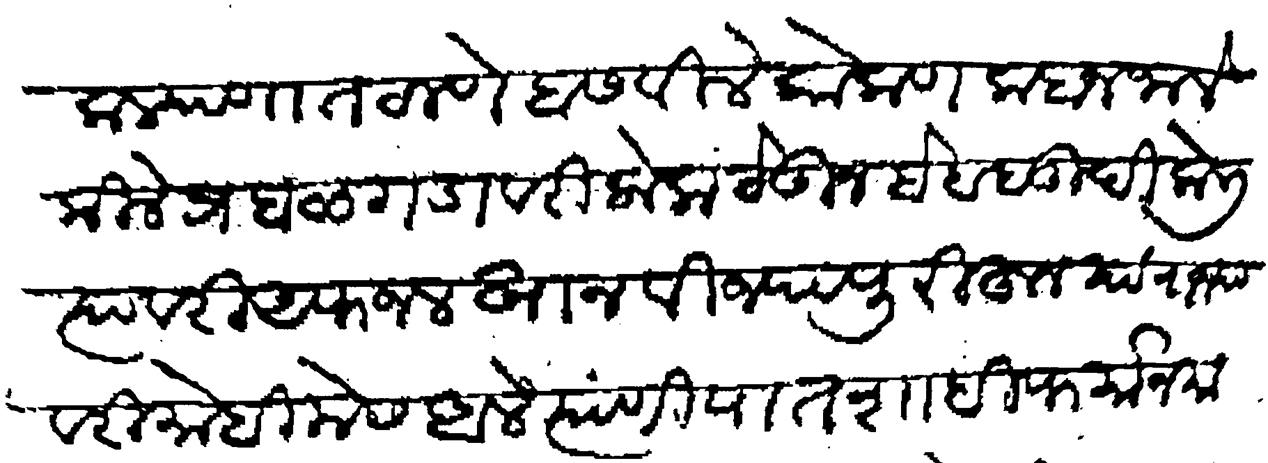
Transliteration (Devanagari): कल्याणात ठाणे बसवीले कोकण कबज जाले किले प्रबळगडावरील लोक ठेऊन बेहबुदी केली त्यावरी अफजलखान विज्यापुरीहून यां राज्यावरी मोहिमेस आले त्यांणी पातशाही फर्मान